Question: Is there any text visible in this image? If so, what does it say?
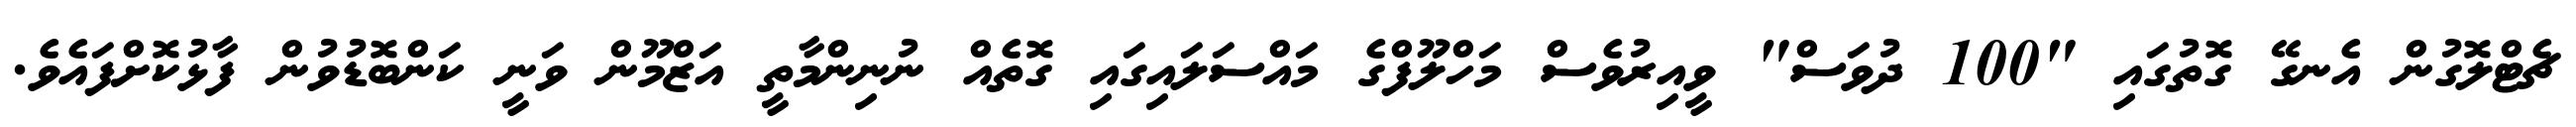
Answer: ޗެޓްލޮގުން އެނގޭ ގޮތުގައި "100 ދުވަސް" ވީއިރުވެސް މަހްލޫފްގެ މައްސަލައިގައި ގޮތެއް ނުނިންމާތީ އަޒްމޫން ވަނީ ކަންބޮޑުވުން ފާޅުކޮށްފައެވެ.